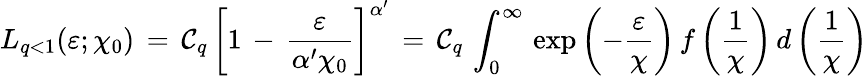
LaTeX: L_{q<1}(\varepsilon;\chi_{0})\, =\, \mathcal{C}_{q}\, \left[1\, -\, \frac{{\varepsilon}}{{\alpha^{\prime}\chi_{0}}}\right]^{\alpha^{\prime}}\, =\, \mathcal{C}_{q}\, \int_{0}^{\infty}\, \exp\left(-\frac{{\varepsilon}}{{\chi}}\right)\, f\left(\frac{{1}}{{\chi}}\right)\, d\left(\frac{{1}}{{\chi}}\right)